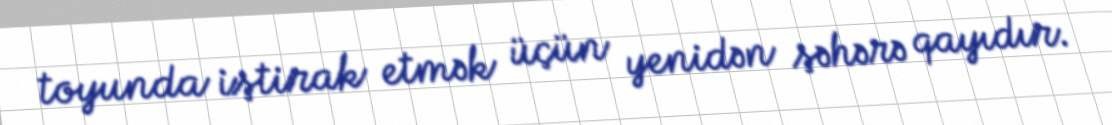
toyunda iştirak etmək üçün yenidən şəhərə qayıdır.